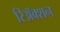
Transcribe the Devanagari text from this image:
रिअॅक्शन